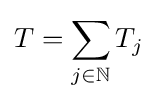
T=\sum _{j\in \mathbb {N} }T_{j}